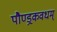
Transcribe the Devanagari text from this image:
पौण्ड्रकवधम्